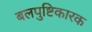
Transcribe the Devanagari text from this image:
बलपुष्टिकारक